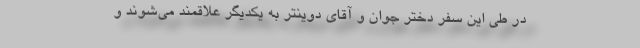
در طی این سفر دختر جوان و آقای دوینتر به یکدیگر علاقمند می‌شوند و